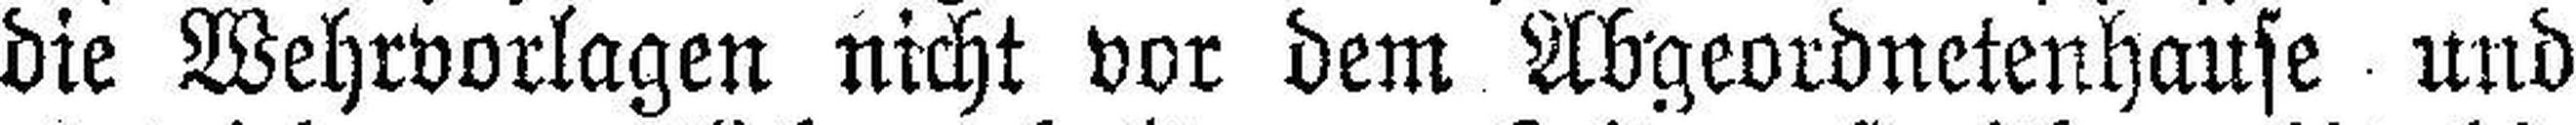
die Wehrvorlagen nicht vor dem Abgeordnetenhause und